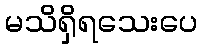
မသိရှိရသေးပေ